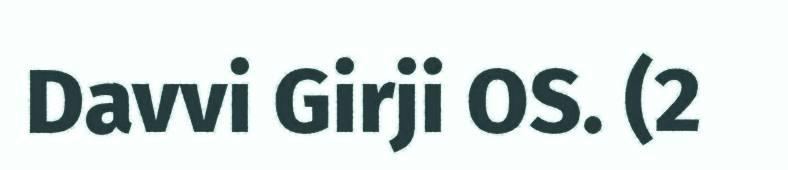
Davvi Girji OS. (2